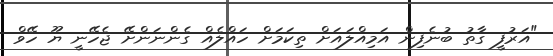
"އަރުފީ ގާތު ބުނެފިން އަމިއްލައަށް ތިކަމަށް ހައްލެއް ގެންނަންށޭ ޖެހޭނީ ޔޫ ހޭވް